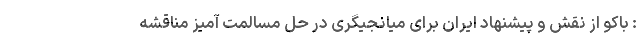
: باکو از نقش و پیشنهاد ایران برای میانجیگری در حل مسالمت آمیز مناقشه